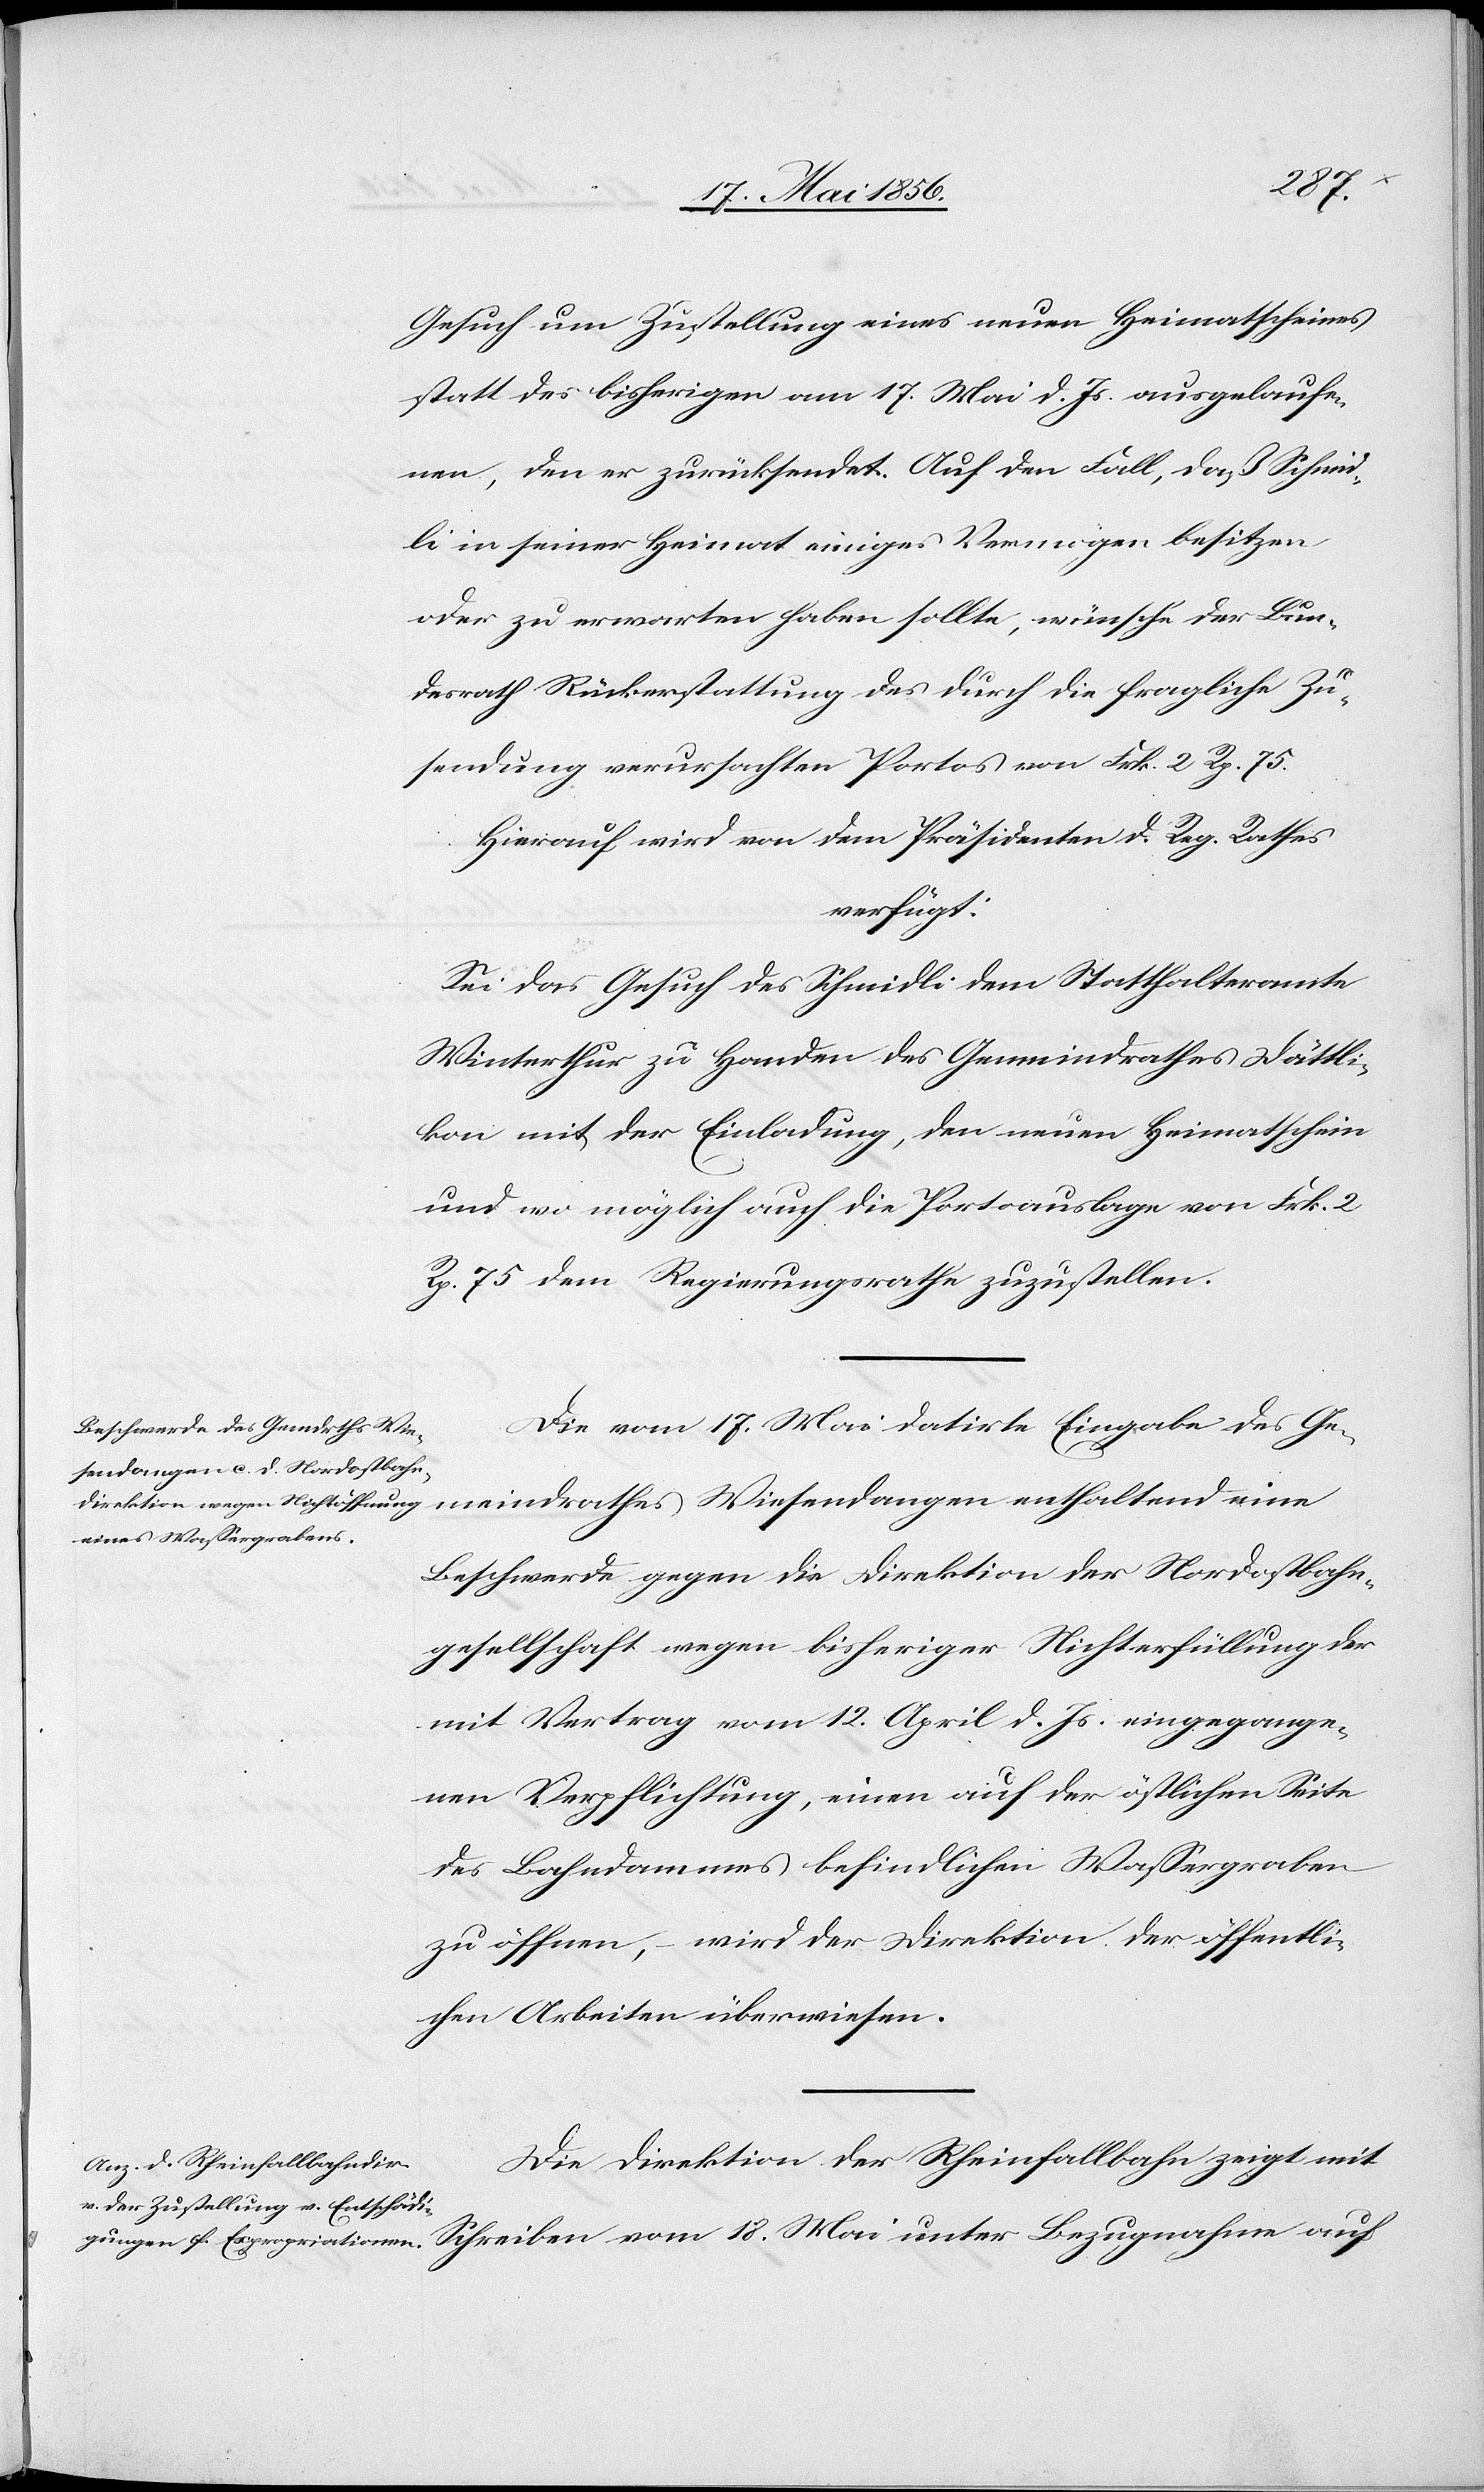
19. Mai 1856.]
Gesuch um Zustellung eines neuen Heimatscheines
statt des bisherigen am 17. Mai d. Js. ausgelaufe¬
nen, den er zurücksendet. Auf den Fall, daß Schmid¬
li in seiner Heimat einiges Vermögen besitzen
oder zu erwarten haben sollte, wünsche der Bun¬
desrath Rückerstattung des durch die fragliche Zu¬
sendung verursachten Portos von Frk. 2 Rp. 75.
Hierauf wird von dem Präsidenten d. Reg. Rathes
verfügt:
Sei das Gesuch des Schmidli dem Statthalteramte
Winterthur zu Handen des Gemeindrath Dättli¬
kon mit der Einladung, den neuen Heimatschein
und wo möglich auch die Portoauslage von Frk. 2
18.
Rp. 75 dem Regierungsrathe zuzustellen.
Die vom 17. Mai datirte Eingabe des Ge¬
meindrathes Wiesendangen enthaltend eine
Beschwerde gegen die Direktion der Nordostbahn¬
gesellschaft wegen bisheriger Nichterfüllung der
mit Vertrag vom 12. April d. Js. eingegange¬
nen Verpflichtung, einen auf der östlichen Seite
des Bahndammes befindlichen Wassergraben
zu öffnen, wird der Direktion der öffentli¬
chen Arbeiten überwiesen.
Die Direktion der Rheinfallbahn zeigt mit